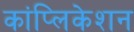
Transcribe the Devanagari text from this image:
कांप्लिकेशन